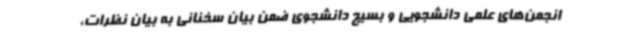
انجمن‌های علمی دانشجویی و بسیج دانشجوی ضمن بیان سخنانی به بیان نظرات،